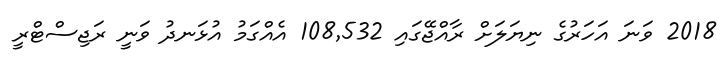
2018 ވަނަ އަހަރުގެ ނިޔަލަށް ރާއްޖޭގައި 108